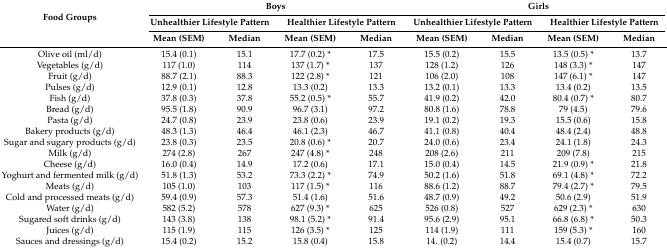
<table><thead><tr><td rowspan="3"><b>Food Groups</b></td><td colspan="4"><b>Boys</b></td><td colspan="4"><b>Girls</b></td></tr><tr><td colspan="2"><b>Unhealthier Lifestyle Pattern</b></td><td colspan="2"><b>Healthier Lifestyle Pattern</b></td><td colspan="2"><b>Unhealthier Lifestyle Pattern</b></td><td colspan="2"><b>Healthier Lifestyle Pattern</b></td></tr><tr><td><b>Mean (SEM)</b></td><td><b>Median</b></td><td><b>Mean (SEM)</b></td><td><b>Median</b></td><td><b>Mean (SEM)</b></td><td><b>Median</b></td><td><b>Mean (SEM)</b></td><td><b>Median</b></td></tr></thead><tbody><tr><td>Olive oil (ml/d)</td><td>15.4 (0.1)</td><td>15.1</td><td>17.7 (0.2) *</td><td>17.5</td><td>15.5 (0.2)</td><td>15.5</td><td>13.5 (0.5) *</td><td>13.7</td></tr><tr><td>Vegetables (g/d)</td><td>117 (1.0)</td><td>114</td><td>137 (1.7) *</td><td>137</td><td>128 (1.2)</td><td>126</td><td>148 (3.3) *</td><td>147</td></tr><tr><td>Fruit (g/d)</td><td>88.7 (2.1)</td><td>88.3</td><td>122 (2.8) *</td><td>121</td><td>106 (2.0)</td><td>108</td><td>147 (6.1) *</td><td>147</td></tr><tr><td>Pulses (g/d)</td><td>12.9 (0.1)</td><td>12.8</td><td>13.3 (0.2)</td><td>13.3</td><td>13.2 (0.1)</td><td>13.3</td><td>13.4 (0.2)</td><td>13.5</td></tr><tr><td>Fish (g/d)</td><td>37.8 (0.3)</td><td>37.8</td><td>55.2 (0.5) *</td><td>55.7</td><td>41.9 (0.2)</td><td>42.0</td><td>80.4 (0.7) *</td><td>80.7</td></tr><tr><td>Bread (g/d)</td><td>95.5 (1.8)</td><td>90.9</td><td>96.7 (3.1)</td><td>97.2</td><td>80.8 (1.6)</td><td>78.8</td><td>79 (4.5)</td><td>79.6</td></tr><tr><td>Pasta (g/d)</td><td>24.7 (0.8)</td><td>23.9</td><td>23.8 (0.6)</td><td>23.9</td><td>19.1 (0.2)</td><td>19.3</td><td>15.5 (0.6)</td><td>15.8</td></tr><tr><td>Bakery products (g/d)</td><td>48.3 (1.3)</td><td>46.4</td><td>46.1 (2.3)</td><td>46.7</td><td>41.1 (0.8)</td><td>40.4</td><td>48.4 (2.4)</td><td>48.8</td></tr><tr><td>Sugar and sugary products (g/d)</td><td>23.8 (0.3)</td><td>23.5</td><td>20.8 (0.6) *</td><td>20.7</td><td>24.0 (0.6)</td><td>23.4</td><td>24.1 (1.8)</td><td>24.3</td></tr><tr><td>Milk (g/d)</td><td>274 (2.8)</td><td>267</td><td>247 (4.8) *</td><td>248</td><td>208 (2.6)</td><td>211</td><td>209 (7.8)</td><td>215</td></tr><tr><td>Cheese (g/d)</td><td>16.0 (0.4)</td><td>14.9</td><td>17.2 (0.6)</td><td>17.1</td><td>15.0 (0.4)</td><td>14.5</td><td>21.9 (0.9) *</td><td>21.8</td></tr><tr><td>Yoghurt and fermented milk (g/d)</td><td>51.8 (1.3)</td><td>53.2</td><td>73.3 (2.2) *</td><td>74.9</td><td>50.2 (1.6)</td><td>51.8</td><td>69.1 (4.8) *</td><td>72.2</td></tr><tr><td>Meats (g/d)</td><td>105 (1.0)</td><td>103</td><td>117 (1.5) *</td><td>116</td><td>88.6 (1.2)</td><td>88.7</td><td>79.4 (2.7) *</td><td>79.5</td></tr><tr><td>Cold and processed meats (g/d)</td><td>59.4 (0.9)</td><td>57.3</td><td>51.4 (1.6)</td><td>51.6</td><td>48.7 (0.9)</td><td>49.2</td><td>50.6 (2.9)</td><td>51.9</td></tr><tr><td>Water (g/d)</td><td>582 (5.2)</td><td>578</td><td>627 (9.3) *</td><td>625</td><td>526 (0.8)</td><td>527</td><td>629 (2.3) *</td><td>630</td></tr><tr><td>Sugared soft drinks (g/d)</td><td>143 (3.8)</td><td>138</td><td>98.1 (5.2) *</td><td>91.4</td><td>95.6 (2.9)</td><td>95.1</td><td>66.8 (6.8) *</td><td>50.3</td></tr><tr><td>Juices (g/d)</td><td>115 (1.9)</td><td>115</td><td>126 (3.5) *</td><td>125</td><td>114 (1.9)</td><td>111</td><td>159 (5.3) *</td><td>160</td></tr><tr><td>Sauces and dressings (g/d)</td><td>15.4 (0.2)</td><td>15.2</td><td>15.8 (0.4)</td><td>15.8</td><td>14. (0.2)</td><td>14.4</td><td>15.4 (0.7)</td><td>15.7</td></tr></tbody></table>